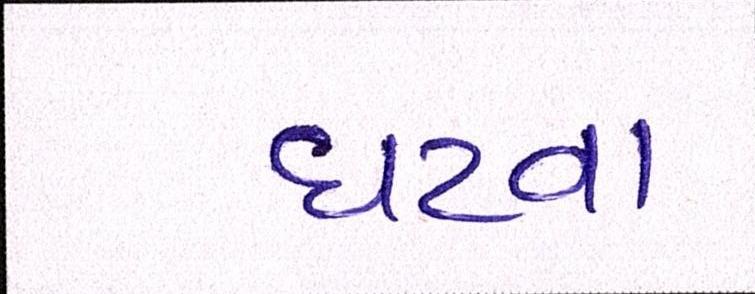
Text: ઘટવા